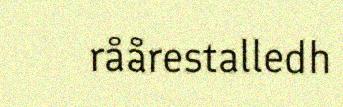
råårestalledh